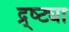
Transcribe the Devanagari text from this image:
द्र्ष्ट्या